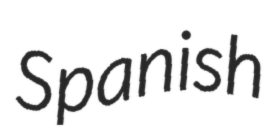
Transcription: Spanish